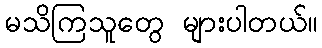
မသိကြသူတွေ များပါတယ်။